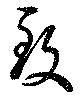
致